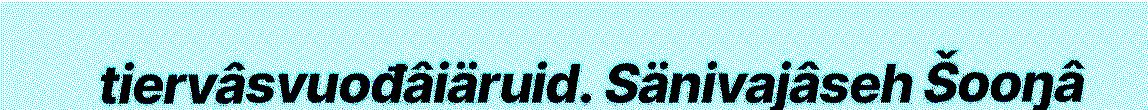
tiervâsvuođâiäruid. Sänivajâseh Šooŋâ